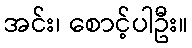
အင်း၊ စောင့်ပါဦး။